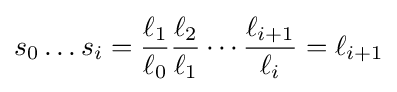
s_{0}\ldots s_{i}={\frac {\ell _{1}}{\ell _{0}}}{\frac {\ell _{2}}{\ell _{1}}}\cdots {\frac {\ell _{i+1}}{\ell _{i}}}=\ell _{i+1}